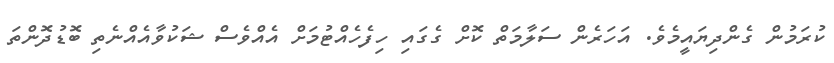
ކުރަމުން ގެންދިޔައީމެވެ. އަހަރެން ސަލާމަތް ކޮށް ގެގައި ހިފެހެއްޓުމަށް އެއްވެސް ޝަކުވާއެއްނެތި ބޮޑުދޮންތަ